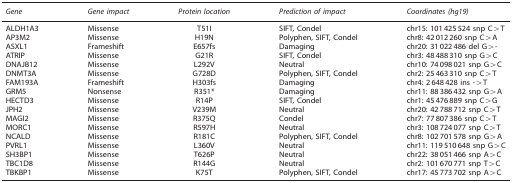
| Gene | Gene impact | Protein location | Prediction of impact | Coordinates (hg19) |
 | --- | --- | --- | --- | --- |
 | ALDH1A3 | Missense | T51I | SIFT, Condel | chr15: 101 425 524 snp C>T |
 | AP3M2 | Missense | H19N | Polyphen, SIFT, Condel | chr8: 42 012 260 snp C>A |
 | ASXL1 | Frameshift | E657fs | Damaging | chr20: 31 022 486 del G>- |
 | ATRIP | Missense | G21R | SIFT, Condel | chr3: 48 488 310 snp G>C |
 | DNAJB12 | Missense | L292V | Neutral | chr10: 74 098 021 snp G>C |
 | DNMT3A | Missense | G728D | Polyphen, SIFT, Condel | chr2: 25 463 310 snp C>T |
 | FAM193A | Frameshift | H303fs | Damaging | chr4: 2 648 428 ins ->T |
 | GRM5 | Nonsense | R351* | Damaging | chr11: 88 386 432 snp G>A |
 | HECTD3 | Missense | R14P | SIFT, Condel | chr1: 45 476 889 snp C>G |
 | JPH2 | Missense | V239M | Neutral | chr20: 42 788 712 snp C>T |
 | MAGI2 | Missense | R375Q | Condel | chr7: 77 807 386 snp C>T |
 | MORC1 | Missense | R597H | Neutral | chr3: 108 724 077 snp C>T |
 | NCALD | Missense | R181C | Polyphen, SIFT, Condel | chr8: 102 701 578 snp G>A |
 | PVRL1 | Missense | L360V | Neutral | chr11: 119 510 648 snp G>C |
 | SH3BP1 | Missense | T626P | Neutral | chr22: 38 051 466 snp A>C |
 | TBC1D8 | Missense | R144G | Neutral | chr2: 101 670 771 snp T>C |
 | TBKBP1 | Missense | K75T | Polyphen, SIFT, Condel | chr17: 45 773 702 snp A>C |